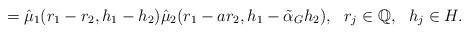
LaTeX: \begin{align*}=\hat\mu_1(r_1-r_2, h_1-h_2)\hat\mu_2(r_1-ar_2, h_1-\tilde\alpha_{G} h_2), \ \ r_j\in \mathbb{Q}, \ \ h_j\in H.\end{align*}